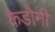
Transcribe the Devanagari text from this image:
केडोनी